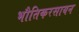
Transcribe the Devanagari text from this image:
भौतिकरसायन